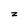
Character: z